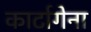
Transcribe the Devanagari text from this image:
कार्टागेना